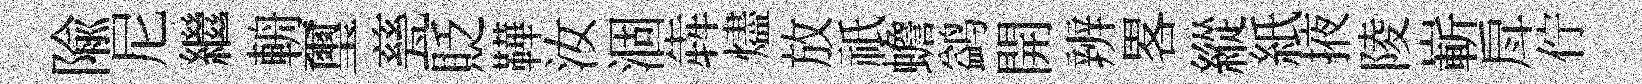
隃尼繼輈璽甆貶鞾汝涸犇燼放祇蟾鹢開辨畧縱紙掖陵嶄戽佇